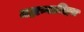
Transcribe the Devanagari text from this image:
महाव्याधिहरा